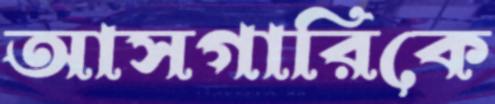
আসগারিকে